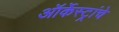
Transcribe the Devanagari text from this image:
ऑर्केस्ट्रांचे